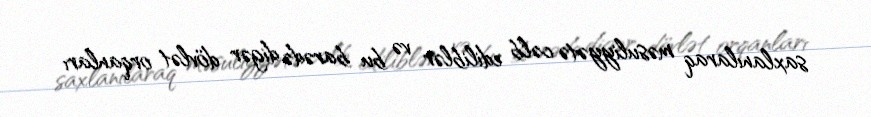
saxlanılaraq məsuliyyətə cəlb ediliblər və bu barədə digər dövlət orqanları